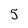
Character: 5